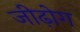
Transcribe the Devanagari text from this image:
जीढ़ोग